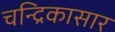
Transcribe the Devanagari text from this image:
चन्द्रिकासार